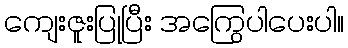
ကျေးဇူးပြုပြီး အကြွေပါပေးပါ။